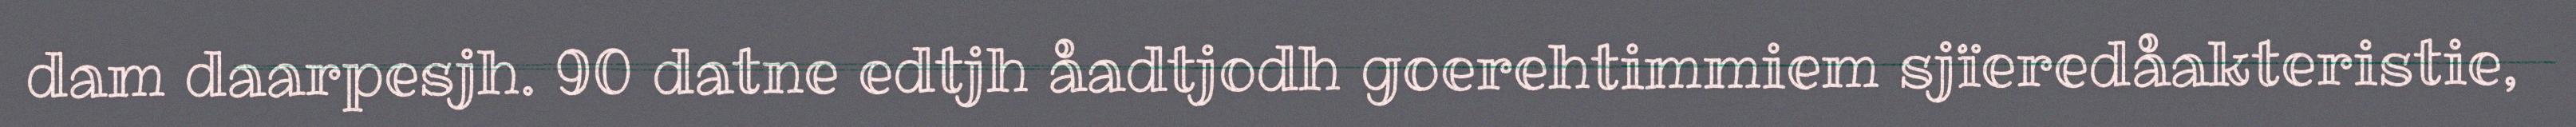
dam daarpesjh. 90 datne edtjh åadtjodh goerehtimmiem sjïeredåakteristie,